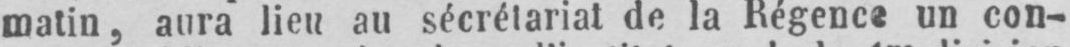
matin, aura lieu au sécrétariat de la Régence un con-